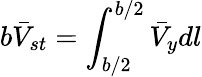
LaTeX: b\bar{V}_{st}=\int_{b/2}^{b/2}\bar{V}_{y}dl